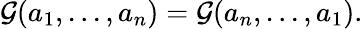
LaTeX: {\cal G}(a_{1},...,a_{n})={\cal G}(a_{n},...,a_{1}).